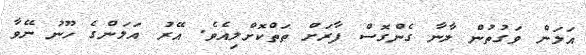
އަލަން ވަގުތުން ލާނާ ގެންގޮސް ފާރަށް ތަތްކޮށްލިއެވެ. އޭރު އަލަންގެ ހޫނު ނޭވާ